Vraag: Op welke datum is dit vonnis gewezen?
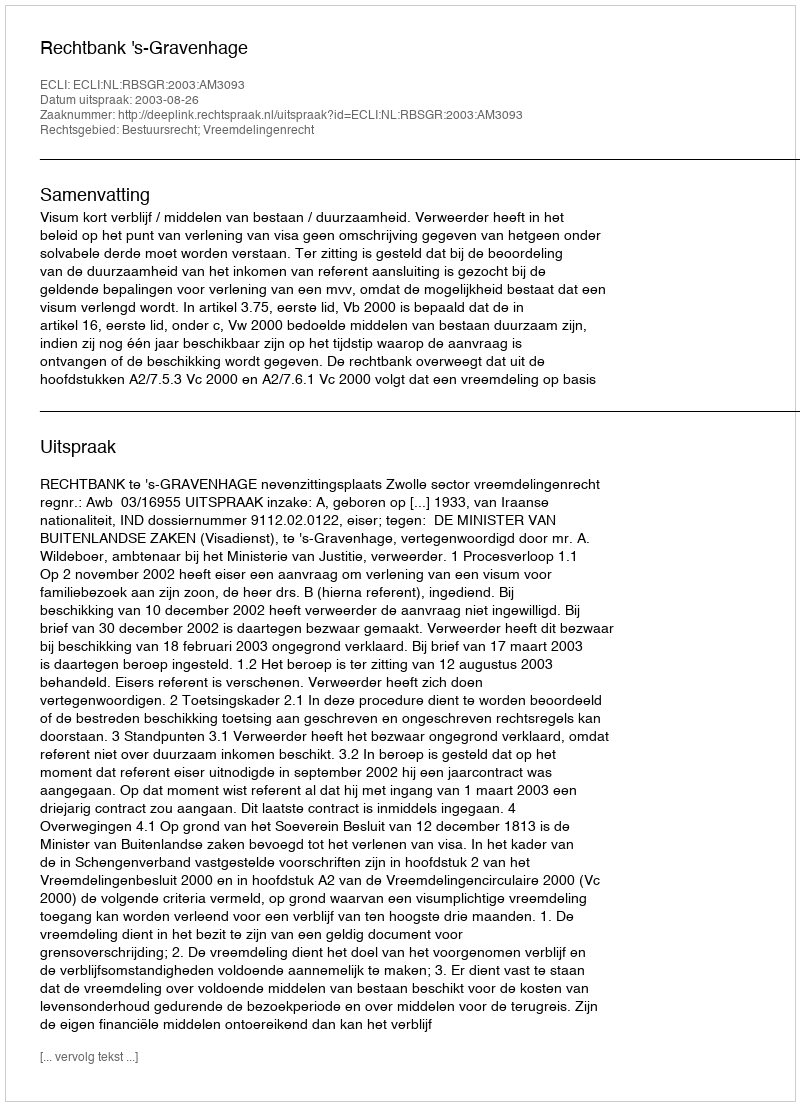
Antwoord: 2003-08-26